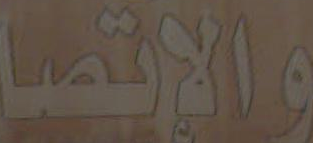
والإتصا